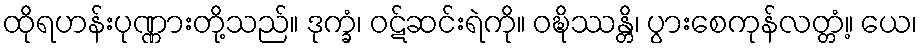
ထိုရဟန်းပုဏ္ဏားတို့သည်။ ဒုက္ခံ၊ ဝဋ်ဆင်းရဲကို။ ဝဍ္ဎိဿန္တိ၊ ပွားစေကုန်လတ္တံ့။ ယေ၊